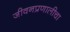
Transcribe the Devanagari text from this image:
जीवनप्रणालीचा